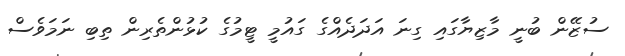
ސުޒޭން ބުނީ މާޒިޔާގައި ގިނަ އަދަދެއްގެ ގައުމީ ޓީމުގެ ކުޅުންތެރިން ތިބި ނަމަވެސް